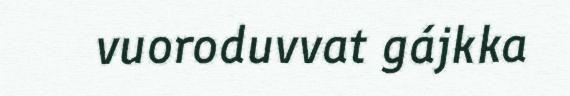
vuoroduvvat gájkka